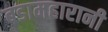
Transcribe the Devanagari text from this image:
बडामहारानी